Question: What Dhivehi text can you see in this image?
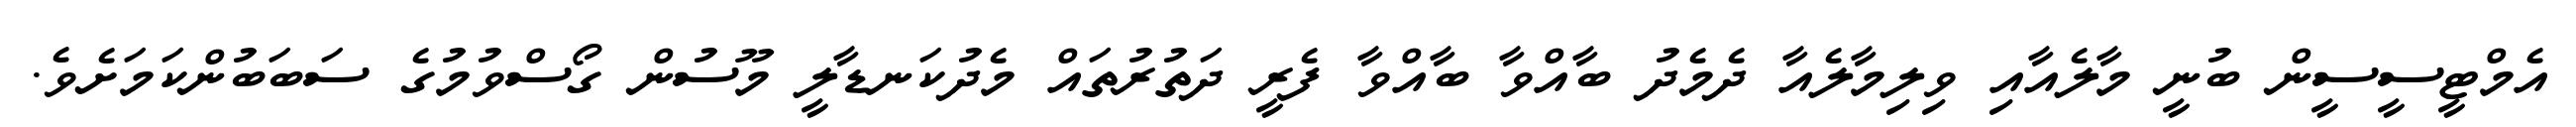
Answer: އެމްޓީސީސީން ބުނީ މާލެއާއި ވިލިމާލެއާ ދެމެދު ބާއްވާ ބާއްވާ ފެރީ ދަތުރުތައް މެދުކަނޑާލީ މޫސުން ގޯސްވުމުގެ ސަބަބުންކަމަށެވެ.